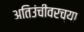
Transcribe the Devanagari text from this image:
अतिउंचीवरच्या